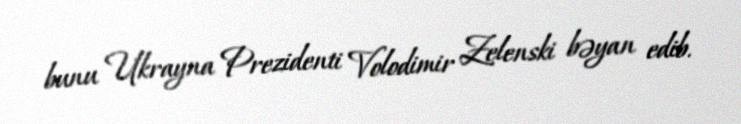
bunu Ukrayna Prezidenti Volodimir Zelenski bəyan edib.